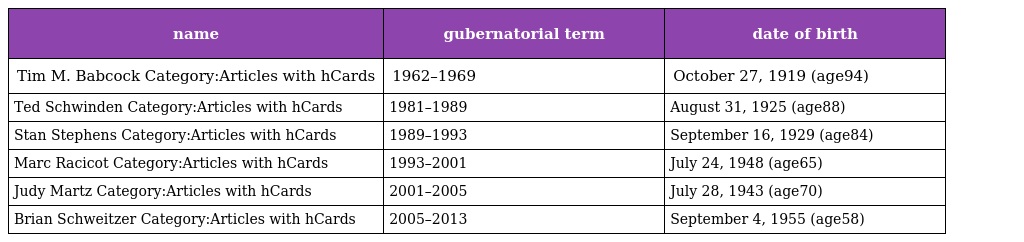
| name | gubernatorial term | date of birth |
 | --- | --- | --- |
 | Tim M. Babcock Category:Articles with hCards | 1962–1969 | October 27, 1919 (age94) |
 | Ted Schwinden Category:Articles with hCards | 1981–1989 | August 31, 1925 (age88) |
 | Stan Stephens Category:Articles with hCards | 1989–1993 | September 16, 1929 (age84) |
 | Marc Racicot Category:Articles with hCards | 1993–2001 | July 24, 1948 (age65) |
 | Judy Martz Category:Articles with hCards | 2001–2005 | July 28, 1943 (age70) |
 | Brian Schweitzer Category:Articles with hCards | 2005–2013 | September 4, 1955 (age58) |